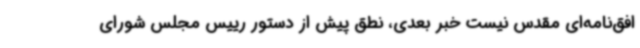
افق‌نامه‌ای مقدس نیست خبر بعدی، نطق پیش از دستور رییس مجلس شورای